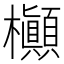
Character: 㰜